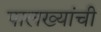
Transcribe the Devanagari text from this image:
पालख्यांची